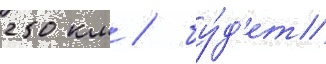
250 км / бу́д'ет